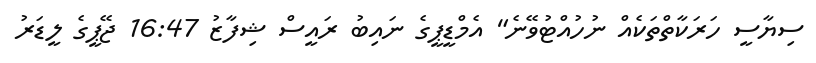
ސިޔާސީ ހަރަކާތްތަކެއް ނުހުއްޓުވޭނެ" އެމްޑީޕީގެ ނައިބު ރައީސް ޝިފާޒު 16:47 ޖޭޕީގެ ލީޑަރު